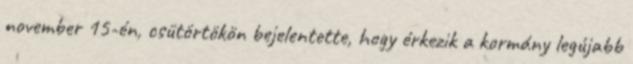
november 15-én, csütörtökön bejelentette, hogy érkezik a kormány legújabb